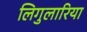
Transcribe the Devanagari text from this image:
लिगुलारिया